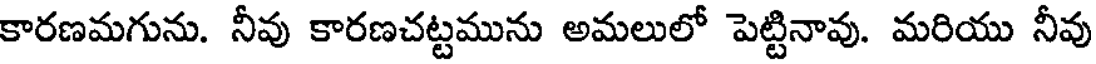
కారణమగును. నీవు కారణచట్టమును అమలులో పెట్టినావు. మరియు నీవు